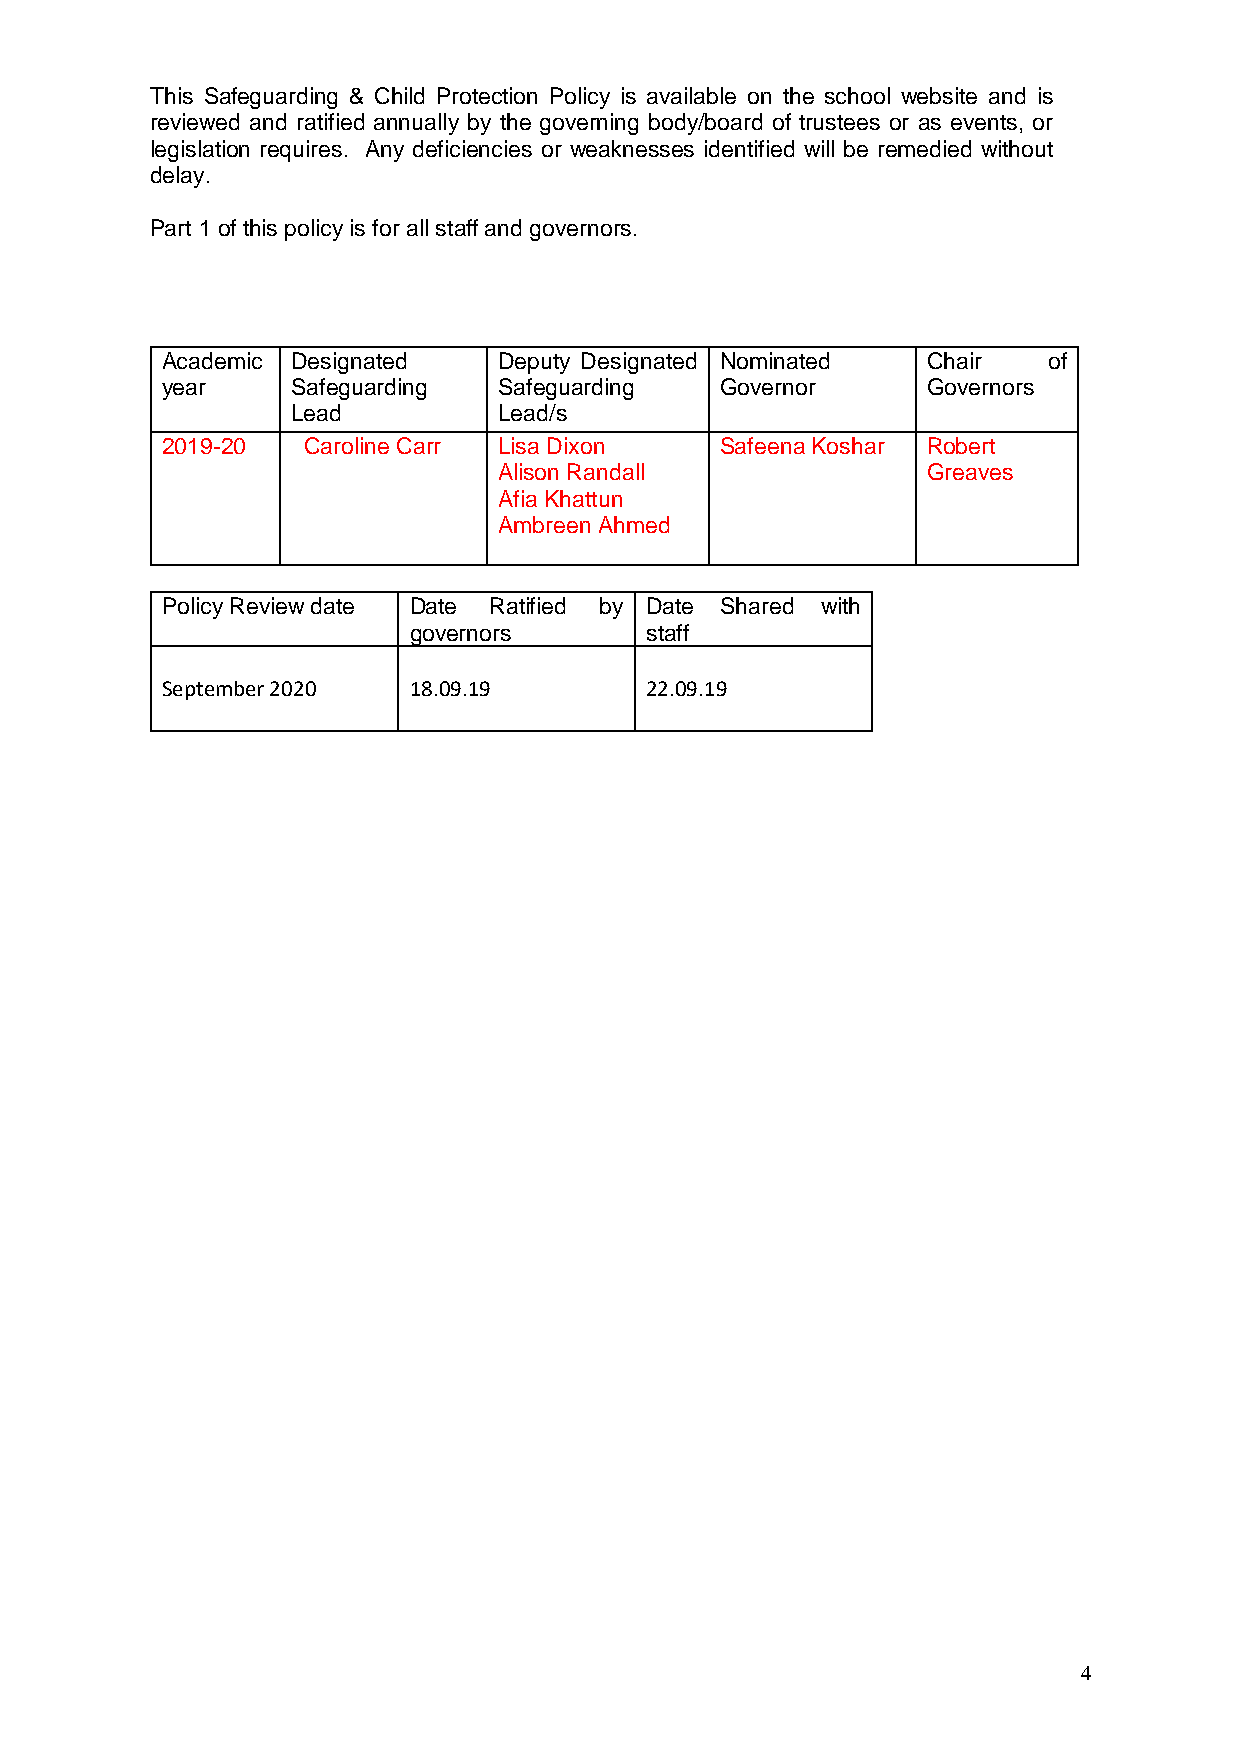
This Safeguarding & Child Protection Policy is available on the school website and is
 reviewed and ratified annually by the governing body/board of trustees or as events, or
 legislation requires. Any deficiencies or weaknesses identified will be remedied without
 delay.
 Part 1 of this policy is for all staff and governors.
 Academic Designated   Deputy Designated Nominated Chair   of
 year    Safeguarding  Safeguarding   Governor     Governors
 Lead          Lead/s
 2019-20  Caroline Carr Lisa Dixon    Safeena Koshar Robert
 Alison Randall              Greaves
 Afia Khattun
 Ambreen Ahmed
 Policy Review date Date Ratified by Date Shared with
 governors       staff
 September 2020  18.09.19        22.09.19
 4